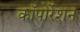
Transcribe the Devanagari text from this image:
काॅपोर्रेशन